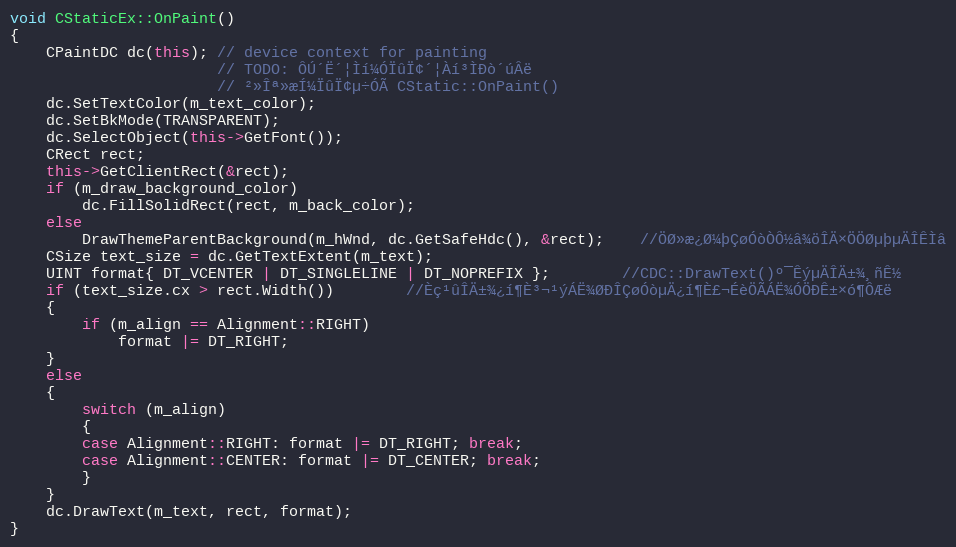
Language: C++
void CStaticEx::OnPaint()
{
	CPaintDC dc(this); // device context for painting
					   // TODO: ÔÚ´Ë´¦Ìí¼ÓÏûÏ¢´¦Àí³ÌÐò´úÂë
					   // ²»Îª»æÍ¼ÏûÏ¢µ÷ÓÃ CStatic::OnPaint()
	dc.SetTextColor(m_text_color);
	dc.SetBkMode(TRANSPARENT);
	dc.SelectObject(this->GetFont());
	CRect rect;
	this->GetClientRect(&rect);
	if (m_draw_background_color)
		dc.FillSolidRect(rect, m_back_color);
	else
		DrawThemeParentBackground(m_hWnd, dc.GetSafeHdc(), &rect);	//ÖØ»æ¿Ø¼þÇøÓòÒÔ½â¾öÎÄ×ÖÖØµþµÄÎÊÌâ
	CSize text_size = dc.GetTextExtent(m_text);
	UINT format{ DT_VCENTER | DT_SINGLELINE | DT_NOPREFIX };		//CDC::DrawText()º¯ÊýµÄÎÄ±¾¸ñÊ½
	if (text_size.cx > rect.Width())		//Èç¹ûÎÄ±¾¿í¶È³¬¹ýÁË¾ØÐÎÇøÓòµÄ¿í¶È£¬ÉèÖÃÁË¾ÓÖÐÊ±×ó¶ÔÆë
	{
		if (m_align == Alignment::RIGHT)
			format |= DT_RIGHT;
	}
	else
	{
		switch (m_align)
		{
		case Alignment::RIGHT: format |= DT_RIGHT; break;
		case Alignment::CENTER: format |= DT_CENTER; break;
		}
	}
	dc.DrawText(m_text, rect, format);
}